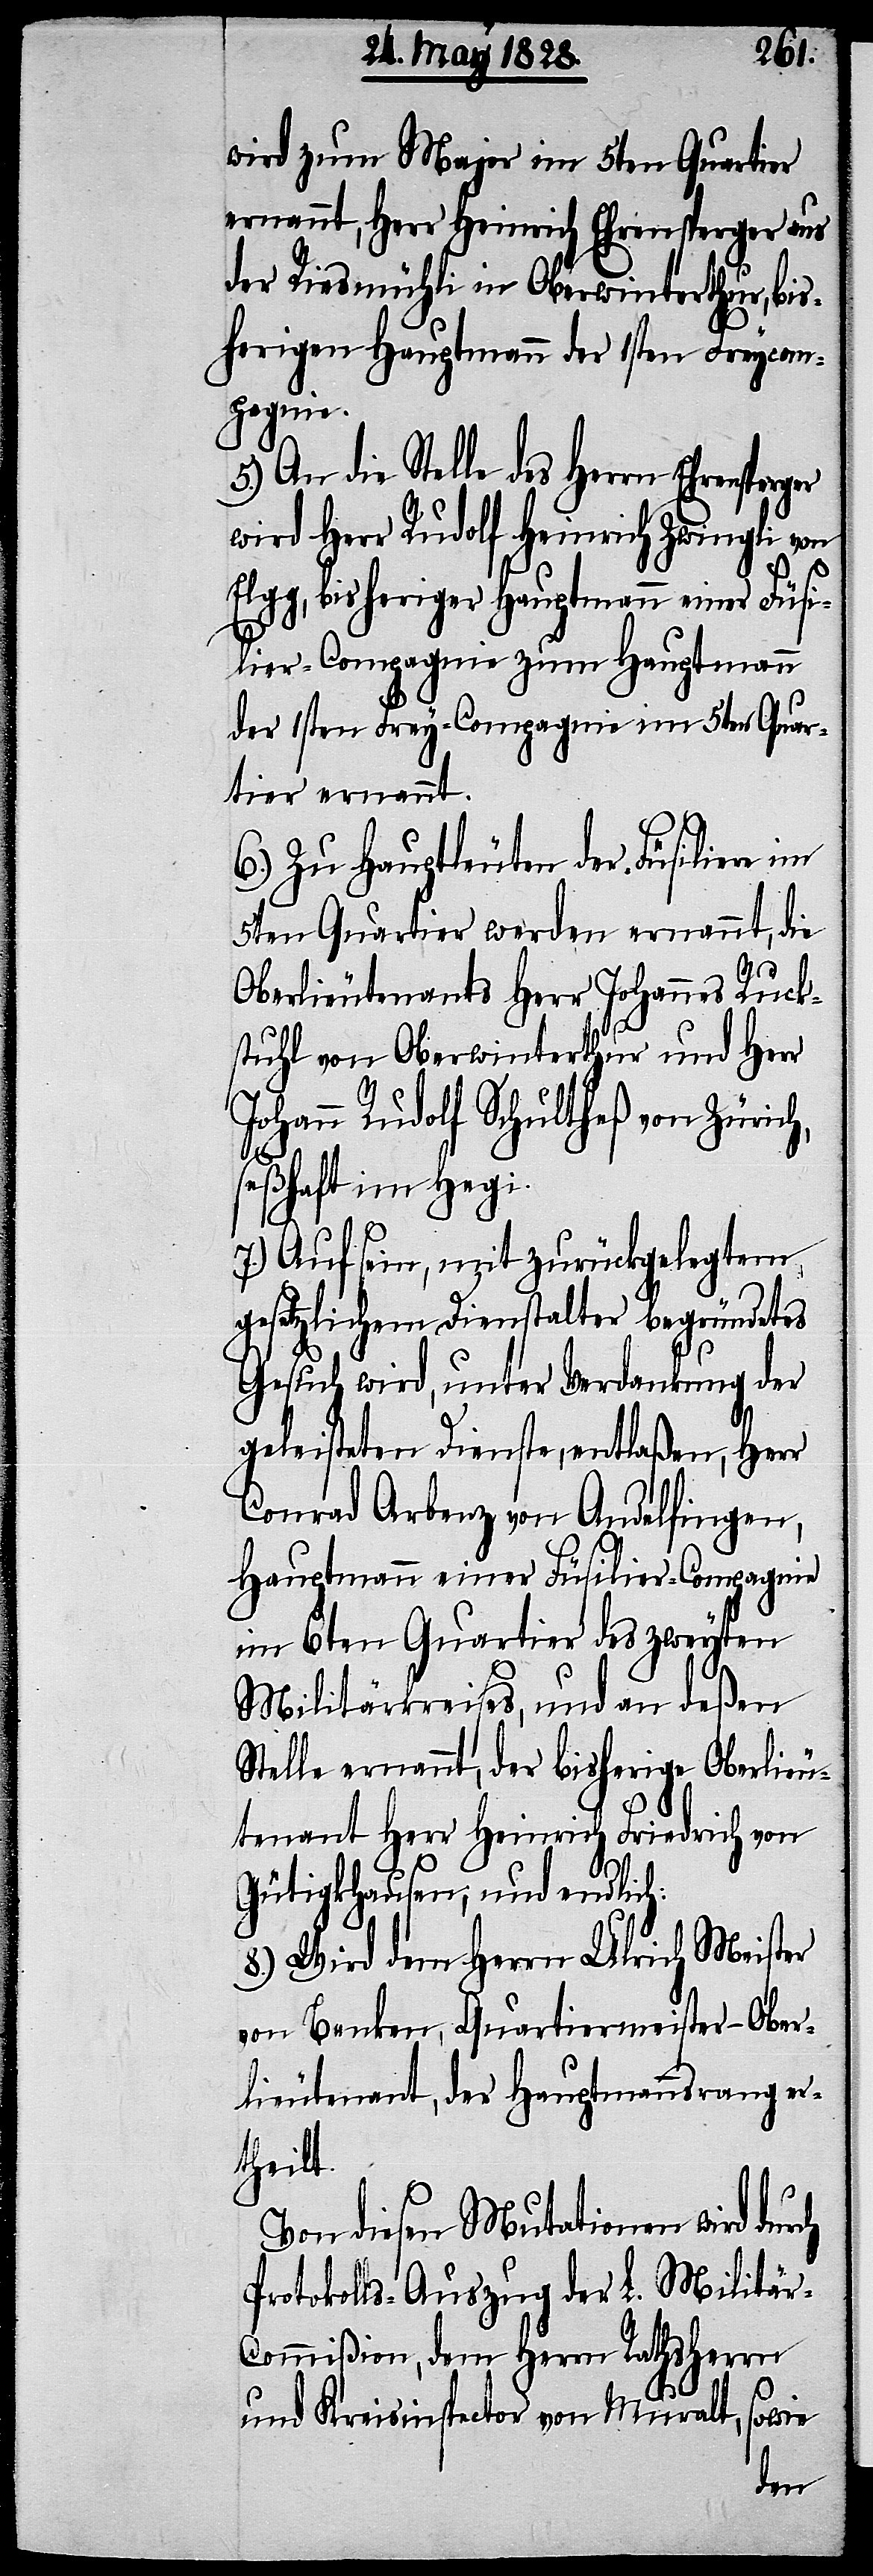
wird zum Major im 5ten Quartier
ernannt, Herrn Heinrich Ehrensperger aus
der Riesmühli in Oberwinterthur, bis¬
herigen Hauptmann der 1sten Freycom¬
pagnie.
5.) An die Stelle des Herrn Ehrensperger
wird Herr Rudolf Heinrich Zwingli von
Elgg, bisheriger Hauptmann einer Füsi¬
lier-Compagnie zum Hauptmann
der 1sten Frey-Compagnie im 5ten Quar¬
tier ernannt.
6.) Zu Hauptleuten der Füsiliere im
5ten Quartier werden ernannt, die
Oberlieutenants Herr Johannes Ruck¬
stuhl von Oberwinterthur und Herr
Johann Rudolf Schultheß von Zürich,
seßhaft im Hegi.
7.) Auf sein, mit zurückgelegtem
gesetzlichem Dienstalter begründetes
Gesuch wird, unter Verdankung der
geleisteten Dienste, entlaßen, Herr
Conrad Arbenz von Andelfingen,
Hauptmann einer Füsilier-Compagnie
im 6ten Quartier des zweyten
Militärkreises, und an deßen
Stelle ernennt, der bisherige Oberlieu¬
tenant Herr Heinrich Friedrich von
Gütigkhausen, und endlich:
8.) Wird dem Herrn Ulrich Meister
von Benken, Quartiermeister-Ober¬
lieutenant, der Hauptmannsrang er¬
theilt.
Von diesen Mutationen wird durch
Protokolls-Auszug der L. Militä¬
r-Commißion, dem Herrn Rathsherrn
und Kreisinspector vom Muralt,
sowie